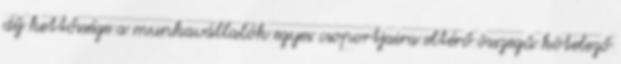
díj kettőssége a munkavállalók egyes csoportjaira eltérő összegű kötelező